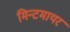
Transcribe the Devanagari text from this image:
मिन्टमायर